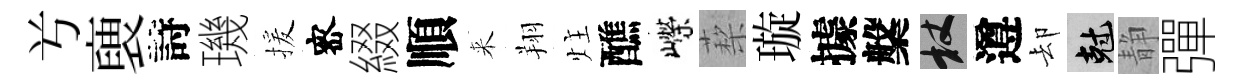
𠔃褏詩璣援宻綴順来翔炷醮嶸蔾璇據槃杖遵却剋静彈